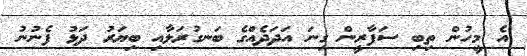
އެ މީހުން ތިބި ސަފާރީން ގިނަ އަދަދެއްގެ ބަނގުރަލާއި ބިޔަރު ދަޅު ފެނުނު